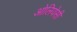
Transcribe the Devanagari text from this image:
ओलियेसी